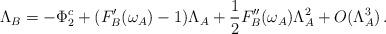
LaTeX: \begin{align*}\Lambda_B=-\Phi_2^c+(F'_B(\omega_A)-1)\Lambda_A+\frac{1}{2}F''_B(\omega_A) \Lambda_A^2+O(\Lambda_A^3)\,. \end{align*}